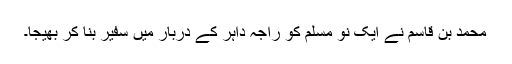
محمد بن قاسم نے ایک نو مسلم کو راجہ داہر کے دربار میں سفیر بنا کر بھیجا۔